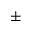
\pm